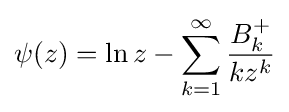
\psi (z)=\ln z-\sum _{k=1}^{\infty }{\frac {B_{k}^{+{}}}{kz^{k}}}